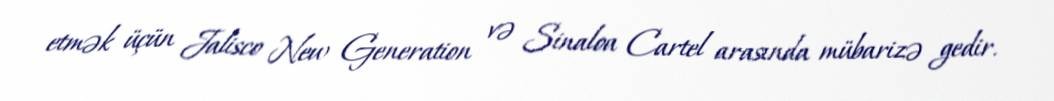
etmək üçün Jalisco New Generation və Sinaloa Cartel arasında mübarizə gedir.